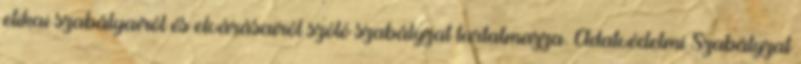
etikai szabályairól és elvárásairól szóló szabályzat tartalmazza. Adatvédelmi Szabályzat